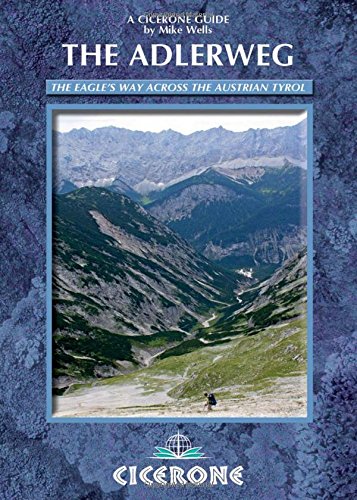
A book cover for The Adlerweg: The Eagle's Way across the Austrian Tyrol (Cicerone Guides); Mike Wells; Sports & Outdoors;